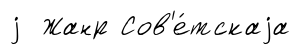
j Жанр Сов'е́тскаjа